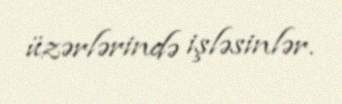
üzərlərində işləsinlər.